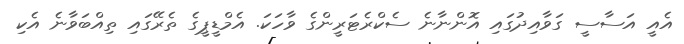
އެއީ އަސާސީ ގަވާއިދުގައި އޮންނާނެ ސެކްރެޓަރީންގެ ވާހަކަ. އެމްޑީޕީގެ ތެރޭގައި ތިއްބަވާނެ އެކި